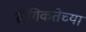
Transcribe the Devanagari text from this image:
लैगिकतेच्या